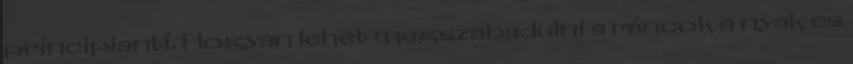
principianti. Hogyan lehet megszabadulni a ráncok a nyak és